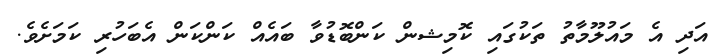
އަދި އެ މައުލޫމާތު ތަކުގައި ކޮމިޝން ކަންބޮޑުވާ ބައެއް ކަންކަން އެބަހުރި ކަމަށެވެ.